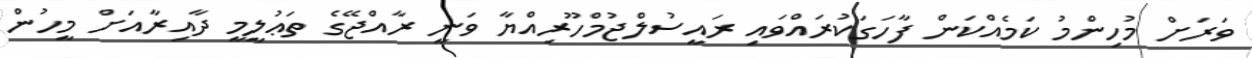
ވަރަށް މުހިންމު ކަމެއްކަން ފާހަގަކުރައްވައި ރައީސުލްޖުމްހޫރިއްޔާ ވަނީ ރާއްޖޭގެ ތަޢުލީމީ ދާއިރާއަށް މީހުން